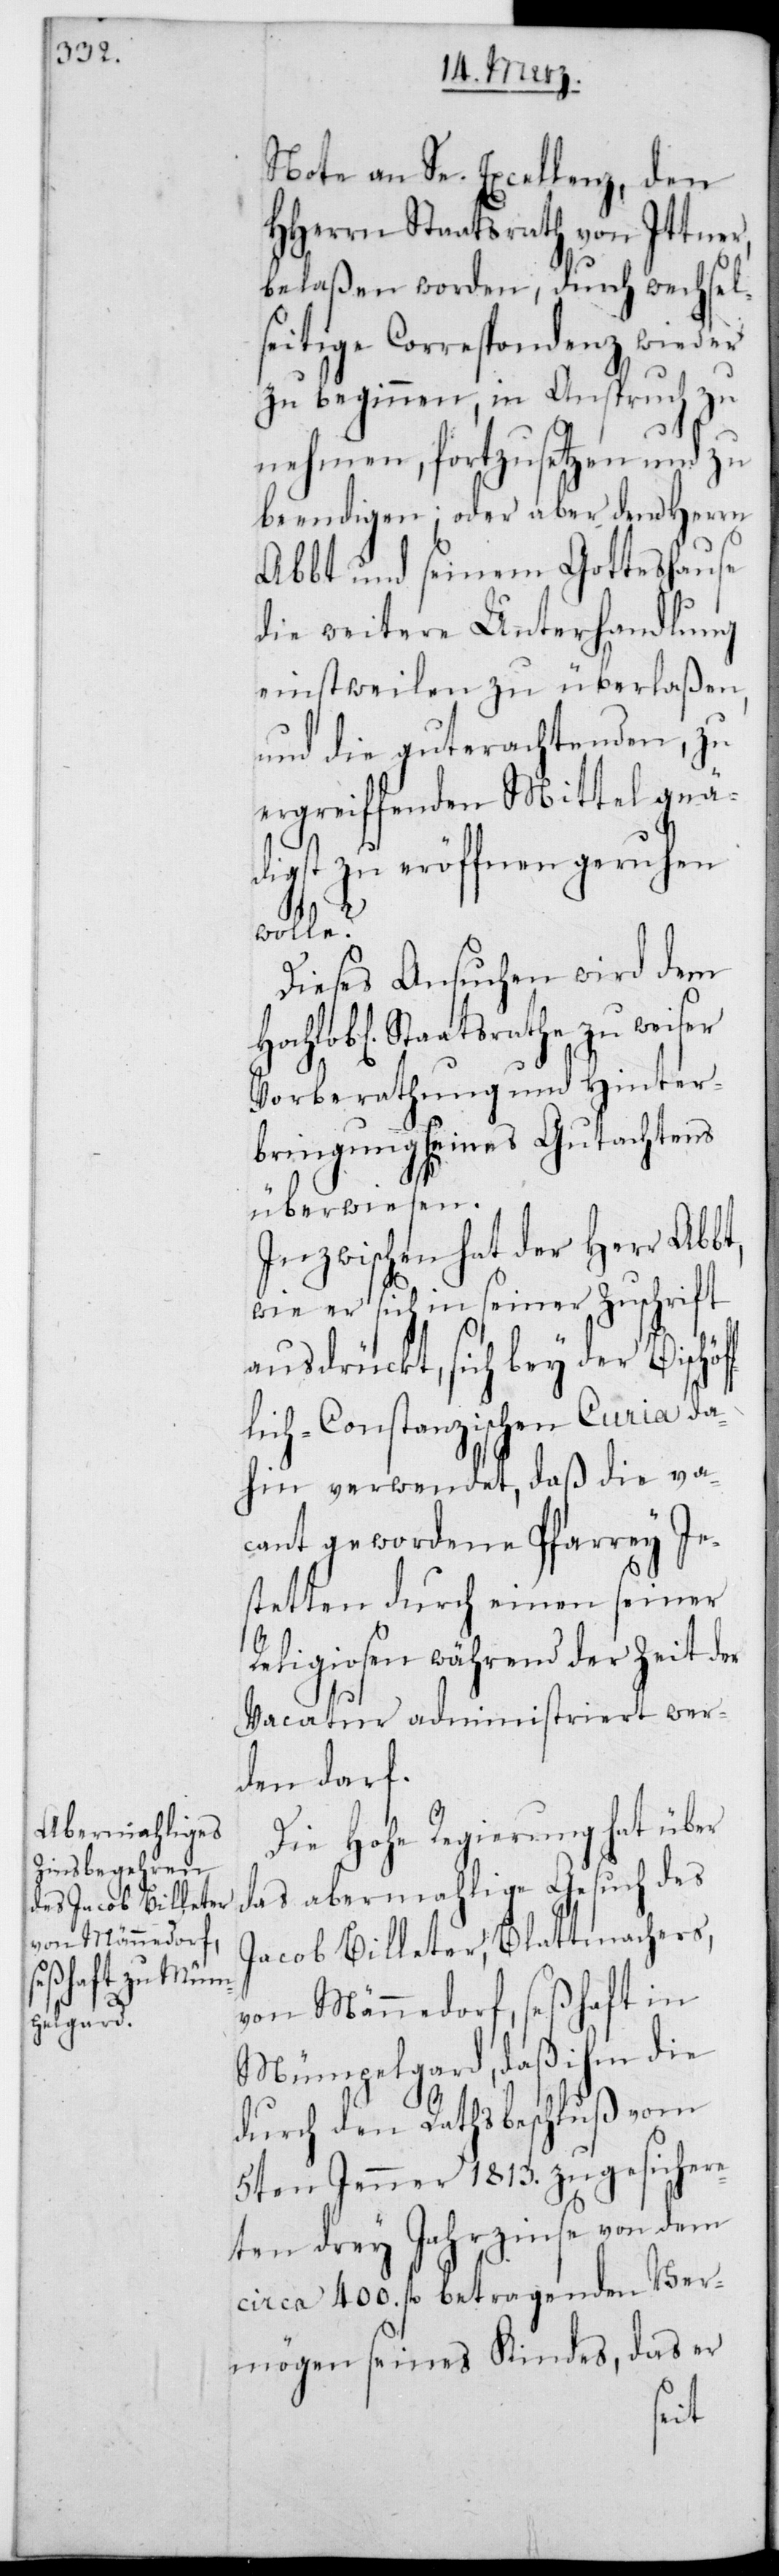
Note an Se. Excellenz, den
HHerrn Staatsrath von Ittner,
belaßen worden, durch wechsel¬
seitige Correspondenz wieder
zu beginnen, in Anspruch zu
nehmen, fortzusetzen und zu
beendigen; oder aber den Herrn
Abbt und seinem Gotteshause
die weitere Unterhandlung
einstweilen zu überlaßen,
und die gut erachtenden zu
ergreifenden Mittel gnä¬
digst zu eröffnen geruhen
wolle?
Dieses Ansuchen wird dem
HochL. Staatsrathe zu weiser
Vorberathung und Hinter¬
bringung seines Gutachtens
überwiesen.
Inzwischen hat der Herr Abbt,
wie er sich in seiner Zuschrift
ausdrückt, sich bey der Bischöf¬
flich-Constanzischen Curia da¬
hin verwendet, daß die va¬
cant gewordene Pfarrei Je¬
stetten durch einen seiner
Religiosen während der Zeit der
Vacatur administriert wer¬
den darf.
Die Hohe Regierung hat über
das abermalige Gesuch des
Jacob Billeter, Blattmachers,
von Männedorf, seßhaft in
Mümpelgard, daß ihm die
durch den Rathsbeschluß vom
5ten Jenner 1813. zugesichere¬
ten drey Jahrzinse von dem
circa 400. fl. betragenden Ver¬
mögen seines Kindes, das er